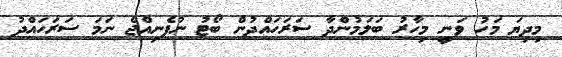
މިދިޔަ މަހު ވަނީ މިހާރު ބަލަމުންދާ ސަރަހައްދުން ބޯޓު ނުފެނިއްޖެ ނަމަ ސަރަހައްދު